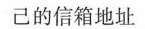
己的信箱地址